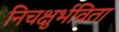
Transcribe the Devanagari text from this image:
निचक्षुर्भविता